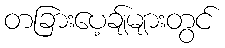
တခြားပေ့ချ်များတွင်